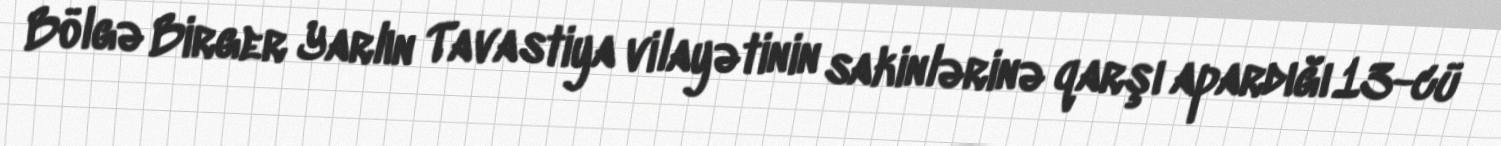
Bölgə Birger Yarlın Tavastiya vilayətinin sakinlərinə qarşı apardığı 13-cü